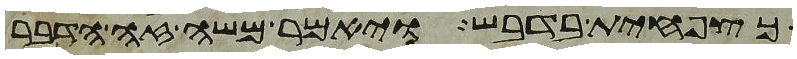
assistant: כצפחית בדבש ויאמר משה זה הדבר